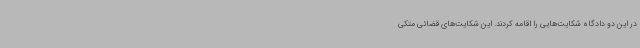
در این دو دادگاه شکایت‌هایی را اقامه کردند. این شکایت‌های قضائی متکی